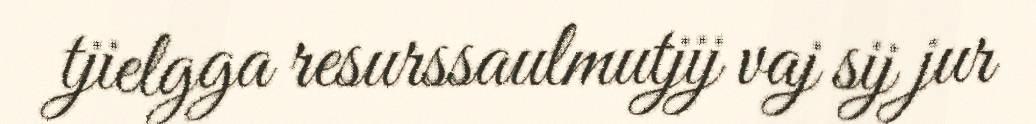
tjielgga resurssaulmutjij vaj sij jur